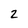
Character: 2